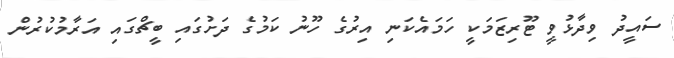
ސައީދު ވިދާޅުވީ ޓޫރިޒަމަކީ ހަމައެކަނި އިރުގެ ހޫނު ކަމުގެ ދަށުގައި ބީޗްގައި އަރާމުކުރުން